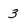
Character: 3